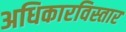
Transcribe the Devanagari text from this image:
अधिकारविस्तार